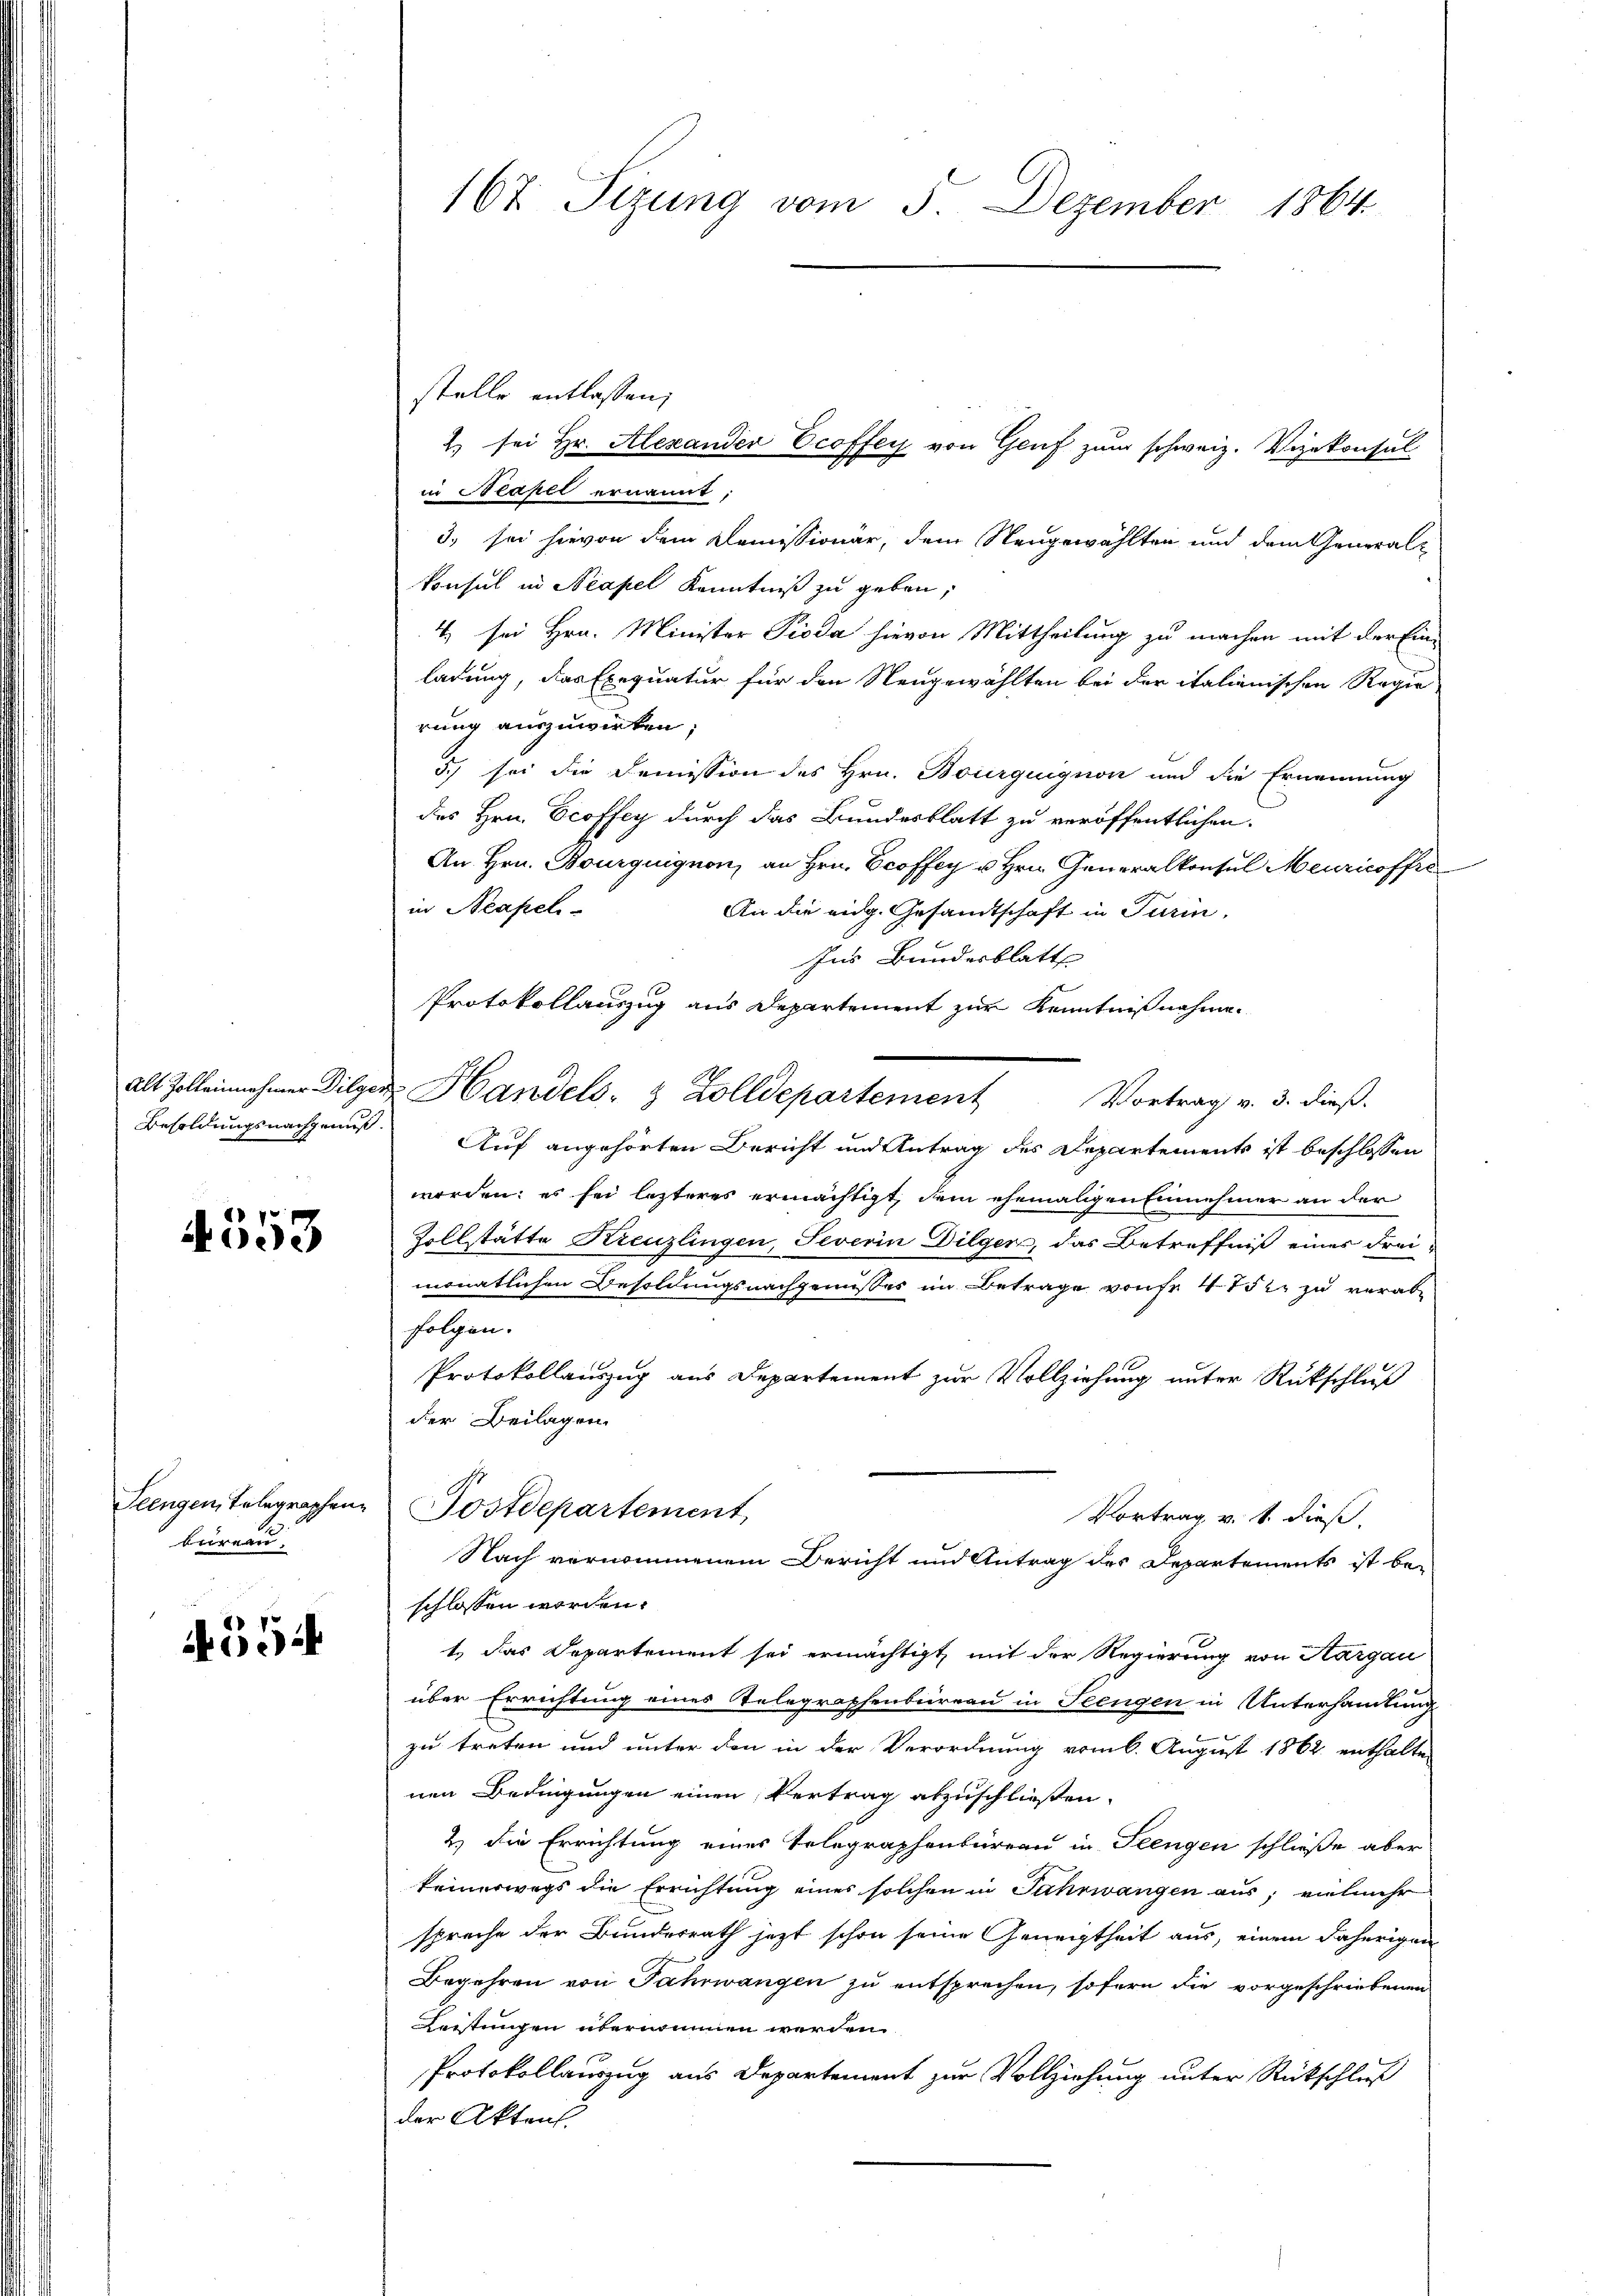
4553

büren.

4554

stelle entlassen;
2) sei Hr. Alexander Ecoffen von Genf zum schweiz. Vizekonsul-
in Neapel ernannt;
3. sei hievon dem Comissionär, dem Neugewählten und dem General¬
Konsul in Neapel Kenntniß zu geben;
4. sei Hrn. Minister Pioda hievon Mittheilung zu machen mit der Eine
ladung, das Exequatur für den Neugewählten bei der italienischen Regie
rung auszuwirken.
5.) sei die Demission des Hrn. Bourquignon und die Ernennung
des Hrn. Ecoffey durch das Bundesblatt zu veröffentlichen
An Hrn. Bourquignon, an Hrn. Ecoffer u Hrn. Generalkonsul Meuricoffre
in Neapel-
An die eidg. Gesandtschaft in Turin,
Ins Bundesblatt
Protokollauszug aus Departement zur Kenntnißnahme
Alt Zolleinnehmer Dilger Handels- & Zolldepartement Vortrag v. 3. dieß.
Besoldungsnachgenuß Auf angehörten Bericht und Antrag des Departements ist beschlossen
werden: es sei lezteres ermächtigt, dem ehemaligen Einnehmer an der
Zollstätte Kreuzlingen, Severin Dilger, das Betreffniß eines Frei-
monatlichen Besoldungsnachgewisses im Betrage von fr 475. zu verabfolgen.
Protokollauszug aus Departement zur Vollziehung unter Rückschluß
der Beilagen.
Teengen, Telegraphen Postdepartement,
Vortrag v. 1. dieß.
Nach vernommenem Bericht und Antrag des Departements ist be-
schlossen worden.
t, das Departement sei ermächtigt, mit der Regierung von Aargau
über Errichtung eines Telegraphenbureau in Stengen in Unterhandlung
zu treten und unter den in der Verordnung vom 6. August 1862 enthalte
nen Bedingungen einen Vertrag abzuschließen.
2.) Die Errichtung eines Telegraphenbureau in Seengen schließe aber
keineswegs die Errichtung eines solchen in Jahrwangen aus; vielmehr
spreche der Bundesrath jezt schon seine Geneigtheit aus, einem daherigen
Begehren von Fahrwangen zu entsprechen, sofern die vorgeschriebenen
Leistungen übernommen werden.
Protokollauszug aus Departement zur Vollziehung unter Rückschluß
der Akten.

167. Sizung vom 5. Dezember 1864.